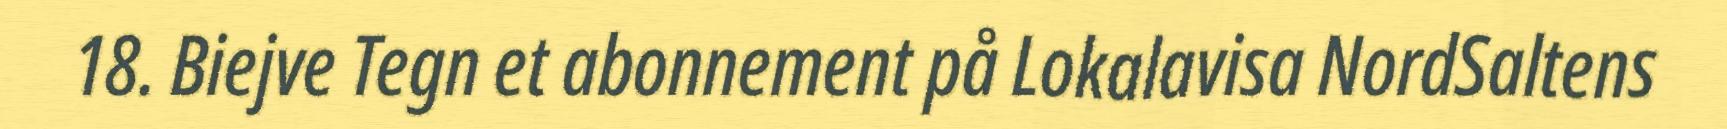
18. Biejve Tegn et abonnement på Lokalavisa NordSaltens